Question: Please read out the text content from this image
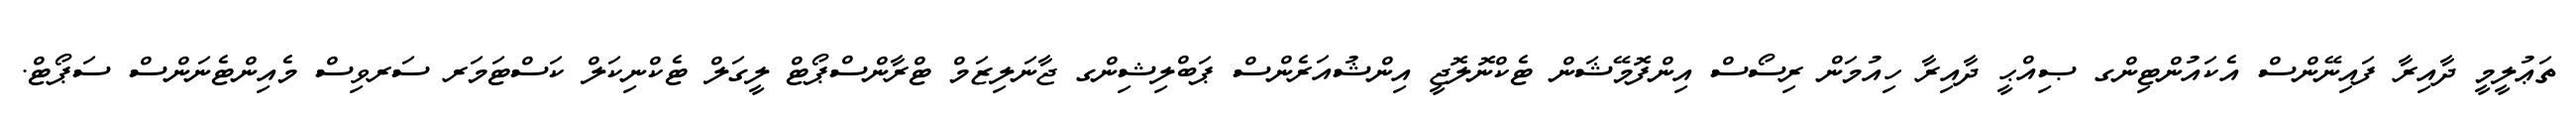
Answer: ތަޢުލީމީ ދާއިރާ ފައިނޭންސް އެކައުންޓިންގ ޞިއްޙީ ދާއިރާ ހިއުމަން ރިސޯސް އިންފޮމޭޝަން ޓެކްނޮލޮޖީ އިންޝުއަރެންސް ޕަބްލިޝިންގ ޖާނަލިޒަމް ޓްރާންސްޕޯޓް ލީގަލް ޓެކްނިކަލް ކަސްޓަމަރ ސަރވިސް މެއިންޓެނަންސް ސަޕޯޓް.